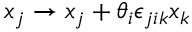
x _ { j } \rightarrow x _ { j } + \theta _ { i } \epsilon _ { j i k } x _ { k }